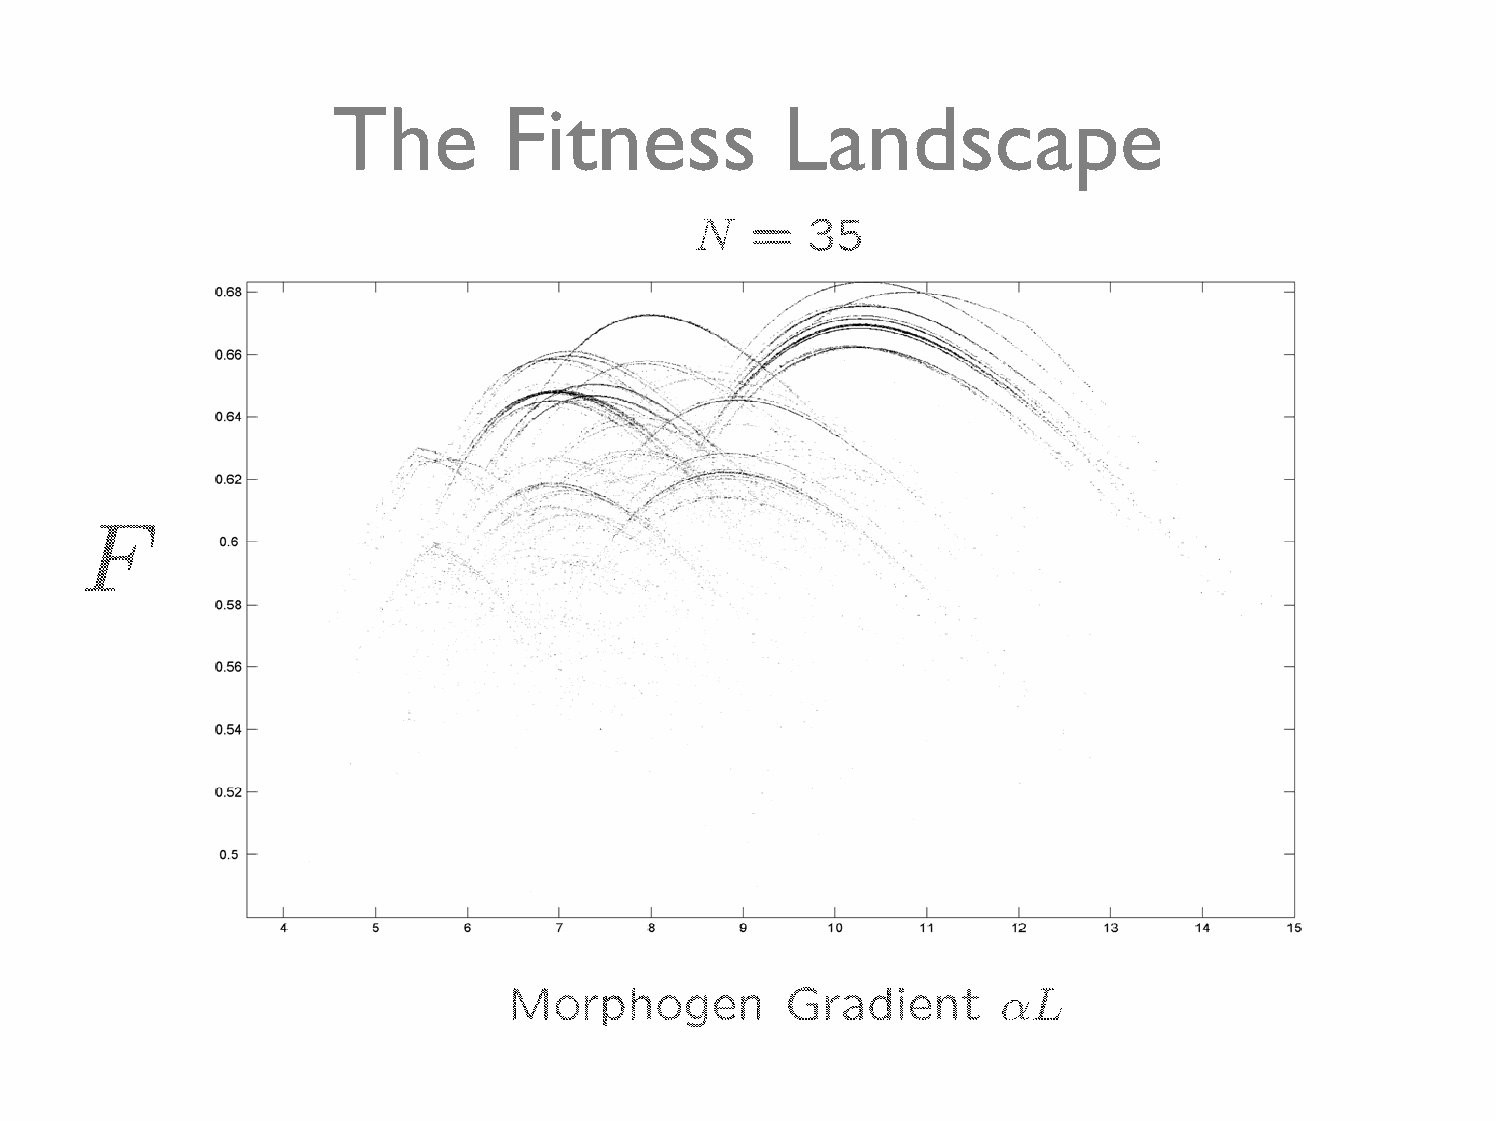
The        Fitness            Landscape